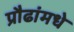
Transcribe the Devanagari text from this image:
प्रौढांमधे